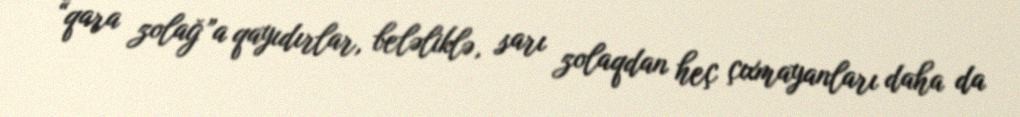
“qara zolağ”a qayıdırlar, beləliklə, sarı zolaqdan heç çıxmayanları daha da